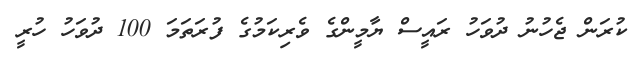
ކުރަން ޖެހުނު ދުވަހު ރައީސް ޔާމީންގެ ވެރިކަމުގެ ފުރަތަމަ 100 ދުވަހު ހުރީ